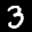
Label: 3